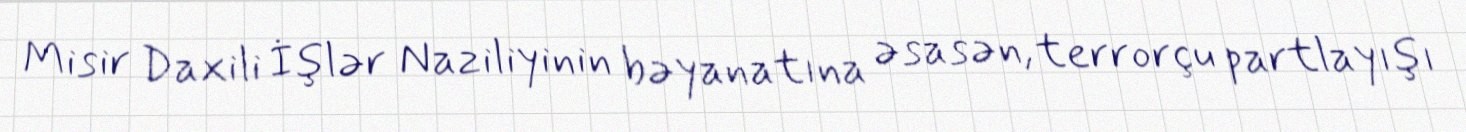
Misir Daxili İşlər Naziliyinin bəyanatına əsasən, terrorçu partlayışı